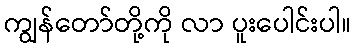
ကျွန်တော်တို့ကို လာ ပူးပေါင်းပါ။